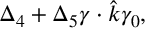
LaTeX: \Delta _ { 4 } + \Delta _ { 5 } \gamma \cdot \hat { k } \gamma _ { 0 } ,